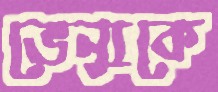
ভেন্যুকে